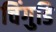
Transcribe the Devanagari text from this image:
चिंगुडि